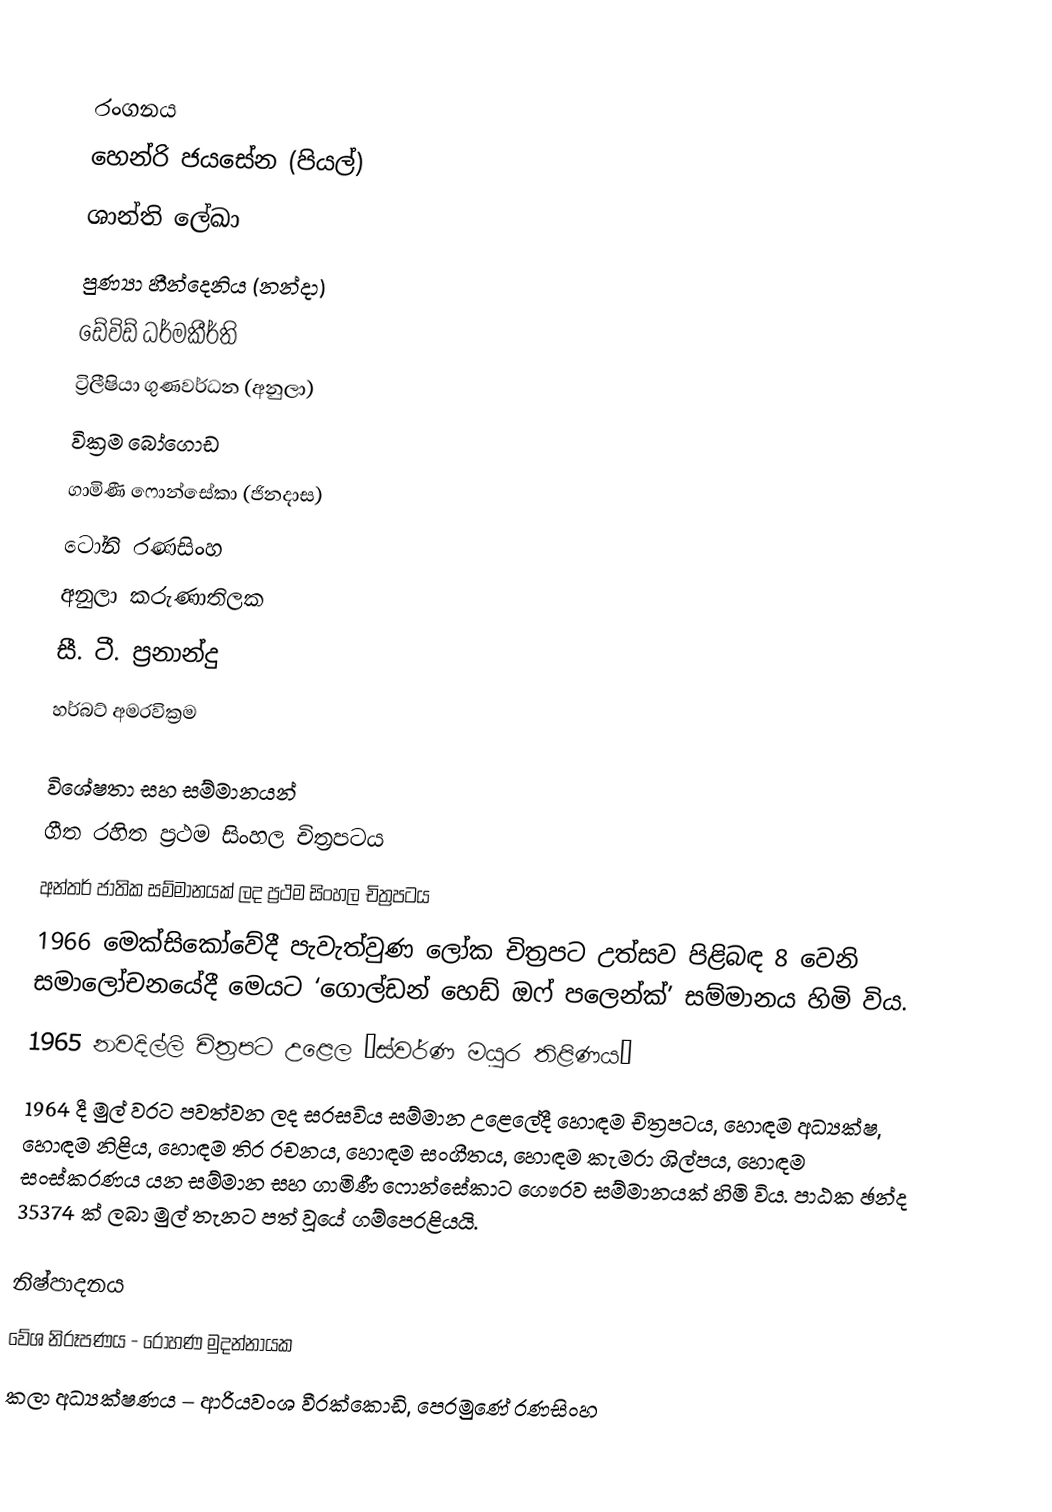

රංගනය
හෙන්රි ජයසේන (පියල්)
ශාන්ති ලේඛා
පුණ්‍යා හීන්දෙනිය (නන්දා)
ඩේවිඩ් ධර්මකීර්ති
ට්‍රිලීෂියා ගුණවර්ධන (අනුලා)
වික්‍රම බෝගොඩ
ගාමිණී ෆොන්සේකා (ජිනදාස)
ටෝනි රණසිංහ
අනුලා කරුණාතිලක
සී. ටී. ප්‍රනාන්දු
හර්බට් අමරවික්‍රම

විශේෂතා සහ සම්මානයන්
ගීත රහිත ප්‍රථම සිංහල චිත්‍රපටය
අන්තර් ජාතික සම්මානයක් ලද ප්‍රථම සිංහල චිත්‍රපටය
1966 මෙක්සිකෝවේදී පැවැත්වුණ ලෝක චිත්‍රපට උත්සව පිළිබඳ 8 වෙනි සමාලෝචනයේදී මෙයට ‘ගොල්ඩන් හෙඩ් ඔෆ් පලෙන්ක්’ සම්මානය හිමි විය.
1965 නවදිල්ලි චිත්‍රපට උළෙල ‘ස්වර්ණ මයුර තිළිණය’
1964 දී මුල් වරට පවත්වන ලද සරසවිය සම්මාන උළෙලේදී හොඳම චිත්‍රපටය, හොඳම අධ්‍යක්ෂ, හොඳම නිළිය, හොඳම තිර රචනය, හොඳම සංගීතය, හොඳම කැමරා ශිල්පය, හොඳම සංස්කරණය යන සම්මාන සහ ගාමිණී ෆොන්සේකාට ගෞරව සම්මානයක් හිමි විය. පාඨක ඡන්ද 35374 ක් ලබා මුල් තැනට පත් වූයේ ගම්පෙරළියයි.

නිෂ්පාදනය
වේශ නිරූපණය - රෝහණ මුදන්නායක
කලා අධ්‍යක්ෂණය – ආරියවංශ වීරක්කොඩි, පෙරමුණේ රණසිංහ